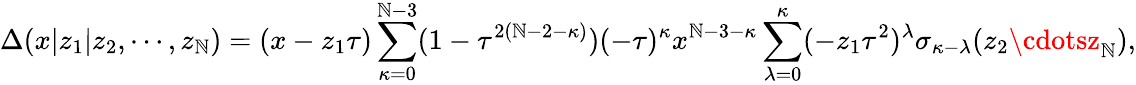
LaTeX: \Delta(x|z_{1}|z_{2},\cdots,z_{\mathbb{N}})=(x-z_{1}\tau)\sum_{\kappa=0}^{\mathbb{N}-3}(1-\tau^{2(\mathbb{N}-2-\kappa)})(-\tau)^{\kappa}x^{\mathbb{N}-3-\kappa}\sum_{\lambda=0}^{\kappa}(-z_{1}\tau^{2})^{\lambda}\sigma_{\kappa-\lambda}(z_{2}\cdotsz_{\mathbb{N}}),